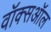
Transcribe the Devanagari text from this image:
वॉक्सऑल